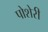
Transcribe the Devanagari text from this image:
पोशेरी